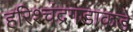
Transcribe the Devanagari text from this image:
हरिश्चंद्रगडाकडे